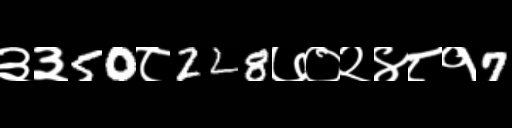
Text: ३३50८228७०२४८१7